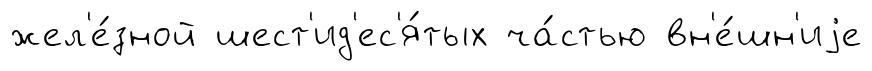
жел'е́зной шест'ид'ес'я́тых ча́стью вн'е́шн'иjе